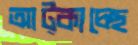
আট্‌কাচ্ছে